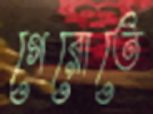
গেরোতে